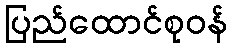
ပြည်ထောင်စုဝန်